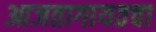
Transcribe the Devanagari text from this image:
आजतागायतचा